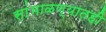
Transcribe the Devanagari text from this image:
सांभाळण्यातही